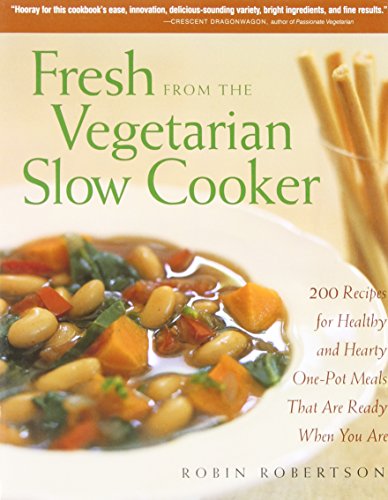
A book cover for Fresh from the Vegetarian Slow Cooker: 200 Recipes for Healthy and Hearty One-Pot Meals That Are Ready When You Are; Robin Robertson; Cookbooks, Food & Wine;